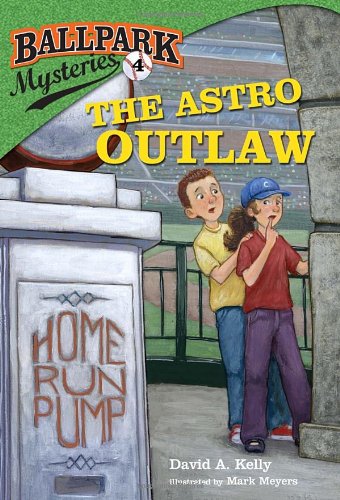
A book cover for Ballpark Mysteries #4: The Astro Outlaw (A Stepping Stone Book(TM)); David A. Kelly; Children's Books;